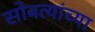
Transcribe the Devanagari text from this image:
सोबत्यांच्या